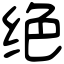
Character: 绝